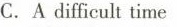
C.A difficult time